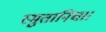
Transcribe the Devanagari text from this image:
स्मुतानिच।।